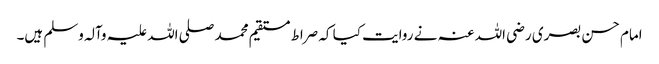
امام حسن بصری رضی اللہ عنہ نے روایت کیا کہ صراط مستقیم محمد صلی اللہ علیہ وآلہ وسلم ہیں۔